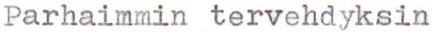
Parhaimmin tervehdyksin